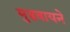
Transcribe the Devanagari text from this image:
मुडवायने